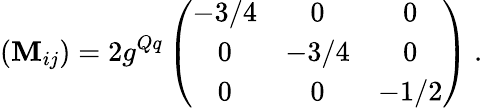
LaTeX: (\mathbf{M}_{ij})=2g^{Qq}\left(\begin{array}{ccc}{{-3/4}}&{{0}}&{{0}}\\ {{0}}&{{-3/4}}&{{0}}\\ {{0}}&{{0}}&{{-1/2}}\end{array}\right)\ .